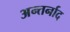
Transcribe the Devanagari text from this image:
अन्तर्नाद